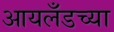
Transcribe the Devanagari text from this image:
आयलँडच्या